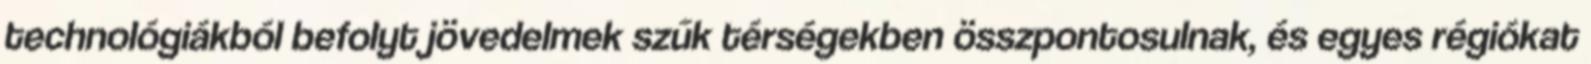
technológiákból befolyt jövedelmek szűk térségekben összpontosulnak, és egyes régiókat